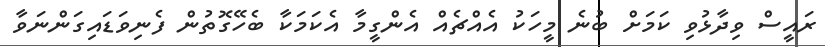
ރައީސް ވިދާޅުވި ކަމަށް ބުނެ މީހަކު އެއްޗެއް އެންގީމާ އެކަމަކާ ބެހޭގޮތުން ފެނިވަޑައިގަންނަވާ